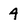
Character: 4